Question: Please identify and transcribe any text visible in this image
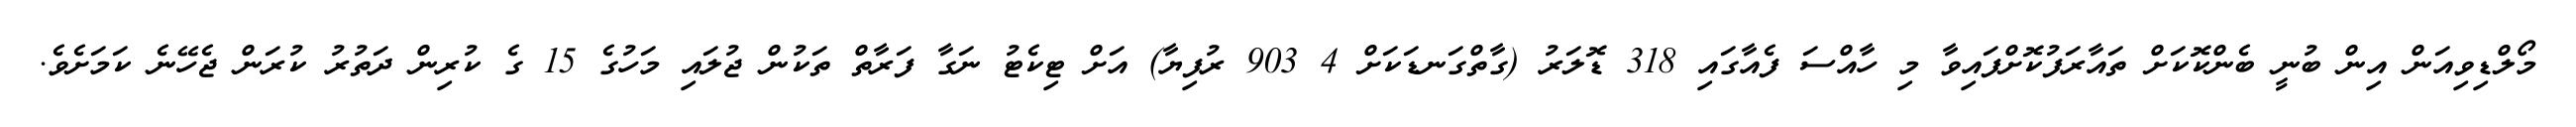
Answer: މޯލްޑިވިއަން އިން ބުނީ ބެންކޮކަށް ތައާރަފުކޮށްފައިވާ މި ހާއްސަ ފެއާގައި 318 ޑޮލަރު (ގާތްގަނޑަކަށް 4 903 ރުފިޔާ) އަށް ޓިކެޓު ނަގާ ފަރާތް ތަކުން ޖުލައި މަހުގެ 15 ގެ ކުރިން ދަތުރު ކުރަން ޖެހޭނެ ކަމަށެވެ.